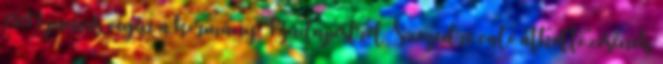
1849 junius végén a kormány Budapestről Szegedre való átköltözésének